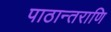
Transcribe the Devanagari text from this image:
पाठान्तराणि